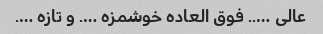
عالی ….. فوق العاده خوشمزه …. و تازه ….